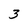
Character: 3